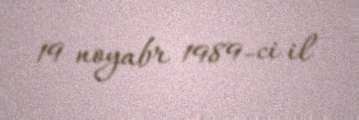
19 noyabr 1989-ci il